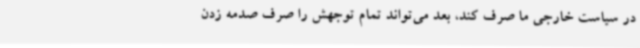
در سیاست خارجی ما صرف کند، بعد می‌تواند تمام توجهش را صرف صدمه زدن